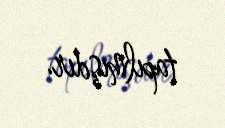
tapılmışdır.